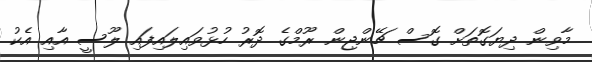
މާވިން ދިޔަގޮތަށް ގޮސް ޗޭންޖިން ރޫމްގެ ދޮރު ހުޅުވައިލައިފައި ލޫސީ އާއި އެކު